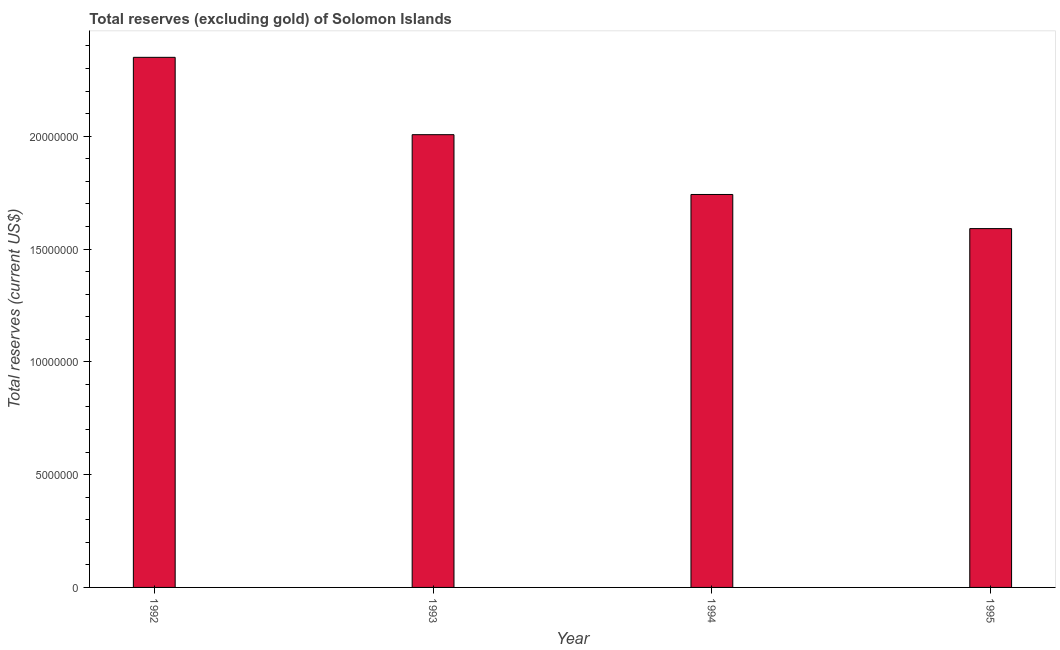
| Year | Total reserves minus gold (current US$) |
 | --- | --- |
 | 1992 | 2.35e+07 |
 | 1993 | 2.01e+07 |
 | 1994 | 1.74e+07 |
 | 1995 | 1.59e+07 |